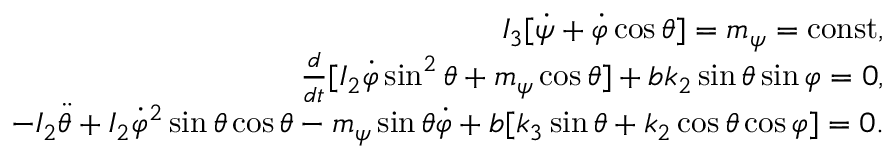
\begin{array} { r } { I _ { 3 } [ \dot { \psi } + \dot { \varphi } \cos \theta ] = m _ { \psi } = \mathrm { c o n s t } , } \\ { \frac { d } { d t } [ I _ { 2 } \dot { \varphi } \sin ^ { 2 } \theta + m _ { \psi } \cos \theta ] + b k _ { 2 } \sin \theta \sin \varphi = 0 , } \\ { - I _ { 2 } \ddot { \theta } + I _ { 2 } \dot { \varphi } ^ { 2 } \sin \theta \cos \theta - m _ { \psi } \sin \theta \dot { \varphi } + b [ k _ { 3 } \sin \theta + k _ { 2 } \cos \theta \cos \varphi ] = 0 . } \end{array}